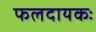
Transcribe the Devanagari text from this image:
फलदायकः